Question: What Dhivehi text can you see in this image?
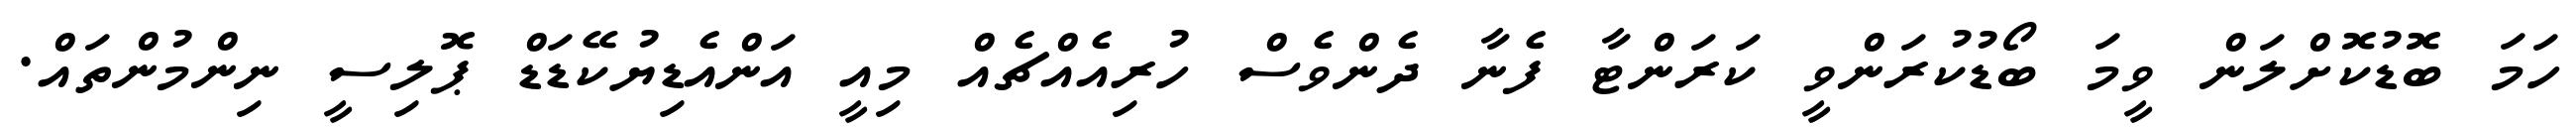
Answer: ހަމަ ބޮޑުކޮށްލަން ވީމަ ބޯޑުކުރަންވީ ކަރަންޓާ ފެނާ ދެންވެސް ހުރިއެއްޗެއް މިއީ އަންއެޑިޔުކޭޑަޑް ޕޮލިސީ ނިންމުންތައް.